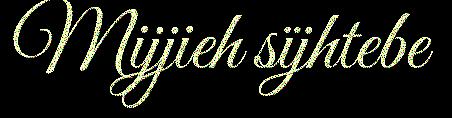
Mijjieh sïjhtebe